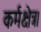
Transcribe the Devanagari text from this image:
कर्मक्षेत्र।